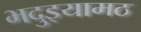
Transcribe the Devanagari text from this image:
भदुइयामठ